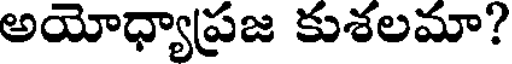
అయోధ్యాప్రజ కుశలమా?